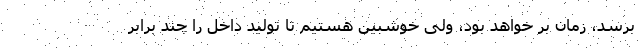
برسد، زمان بر خواهد بود، ولی خوشبین هستیم تا تولید داخل را چند برابر